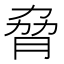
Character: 脅